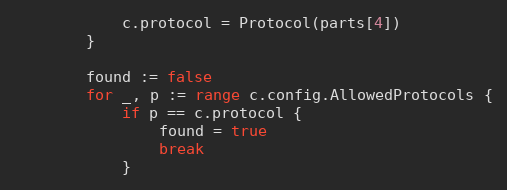
Language: Go
			c.protocol = Protocol(parts[4])
		}

		found := false
		for _, p := range c.config.AllowedProtocols {
			if p == c.protocol {
				found = true
				break
			}